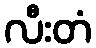
လီးတံ